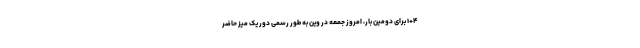
۱+۴ برای دومین بار، امروز جمعه در وین به طور رسمی دور یک میز حاضر